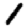
Digit: 1